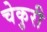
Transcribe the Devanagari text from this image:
चेकुरी